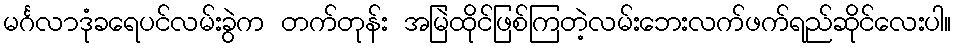
မင်္ဂလာဒုံခရေပင်လမ်းခွဲက တက်တုန်း အမြဲထိုင်ဖြစ်ကြတဲ့လမ်းဘေးလက်ဖက်ရည်ဆိုင်လေးပါ။